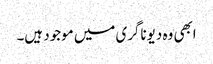
ابھی وہ دیوناگری میں موجود ہیں۔